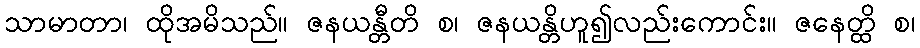
သာမာတာ၊ ထိုအမိသည်။ ဇနယန္တီတိ စ၊ ဇနယန္တိဟူ၍လည်းကောင်း။ ဇနေတ္ထိ စ၊